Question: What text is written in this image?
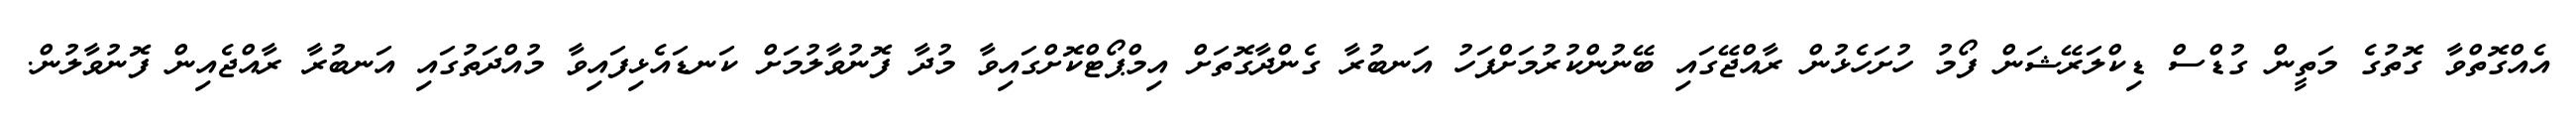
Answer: އެއްގޮތްވާ ގޮތުގެ މަތީން ގުޑްސް ޑިކްލަރޭޝަން ފޯމު ހުށަހެޅުން ރާއްޖޭގައި ބޭނުންކުރުމަށްފަހު އަނބުރާ ގެންދާގޮތަށް އިމްޕޯޓްކޮށްގައިވާ މުދާ ފޮނުވާލުމަށް ކަނޑައެޅިފައިވާ މުއްދަތުގައި އަނބުރާ ރާއްޖެއިން ފޮނުވާލުން.